Problem: 4 × 2 = ?
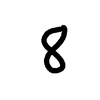
Handwritten answer: 8